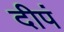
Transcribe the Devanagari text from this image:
दीपं